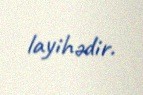
layihədir.